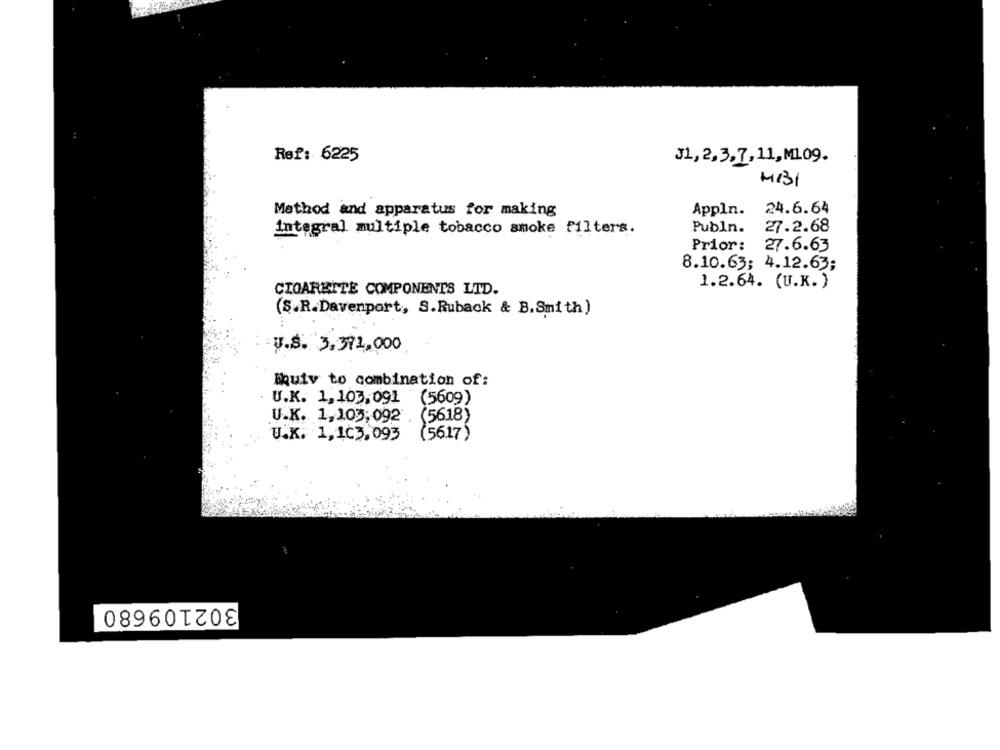
Ref: 6225
J1, 2,3,7,11,M109.
M131
24.6.64
Method and apparatus for making
Appln.
integral multiple tobacco smoke filters.
Publn.
27.2.68
Prior:
27.6.63
8.10.63; 4.12.63;
1.2.64. (U.K. )
CIGARETTE COMPONENTS LTD.
(S.R.Davenport, S.Ruback & B.Smith)
V.S. 3,371,000
Equiv to combination of:
U.K. 1,103,091 (5609)
U.K. 1,103:092 .(5618)
U.K. 1,103,093
(56.17)
302109680